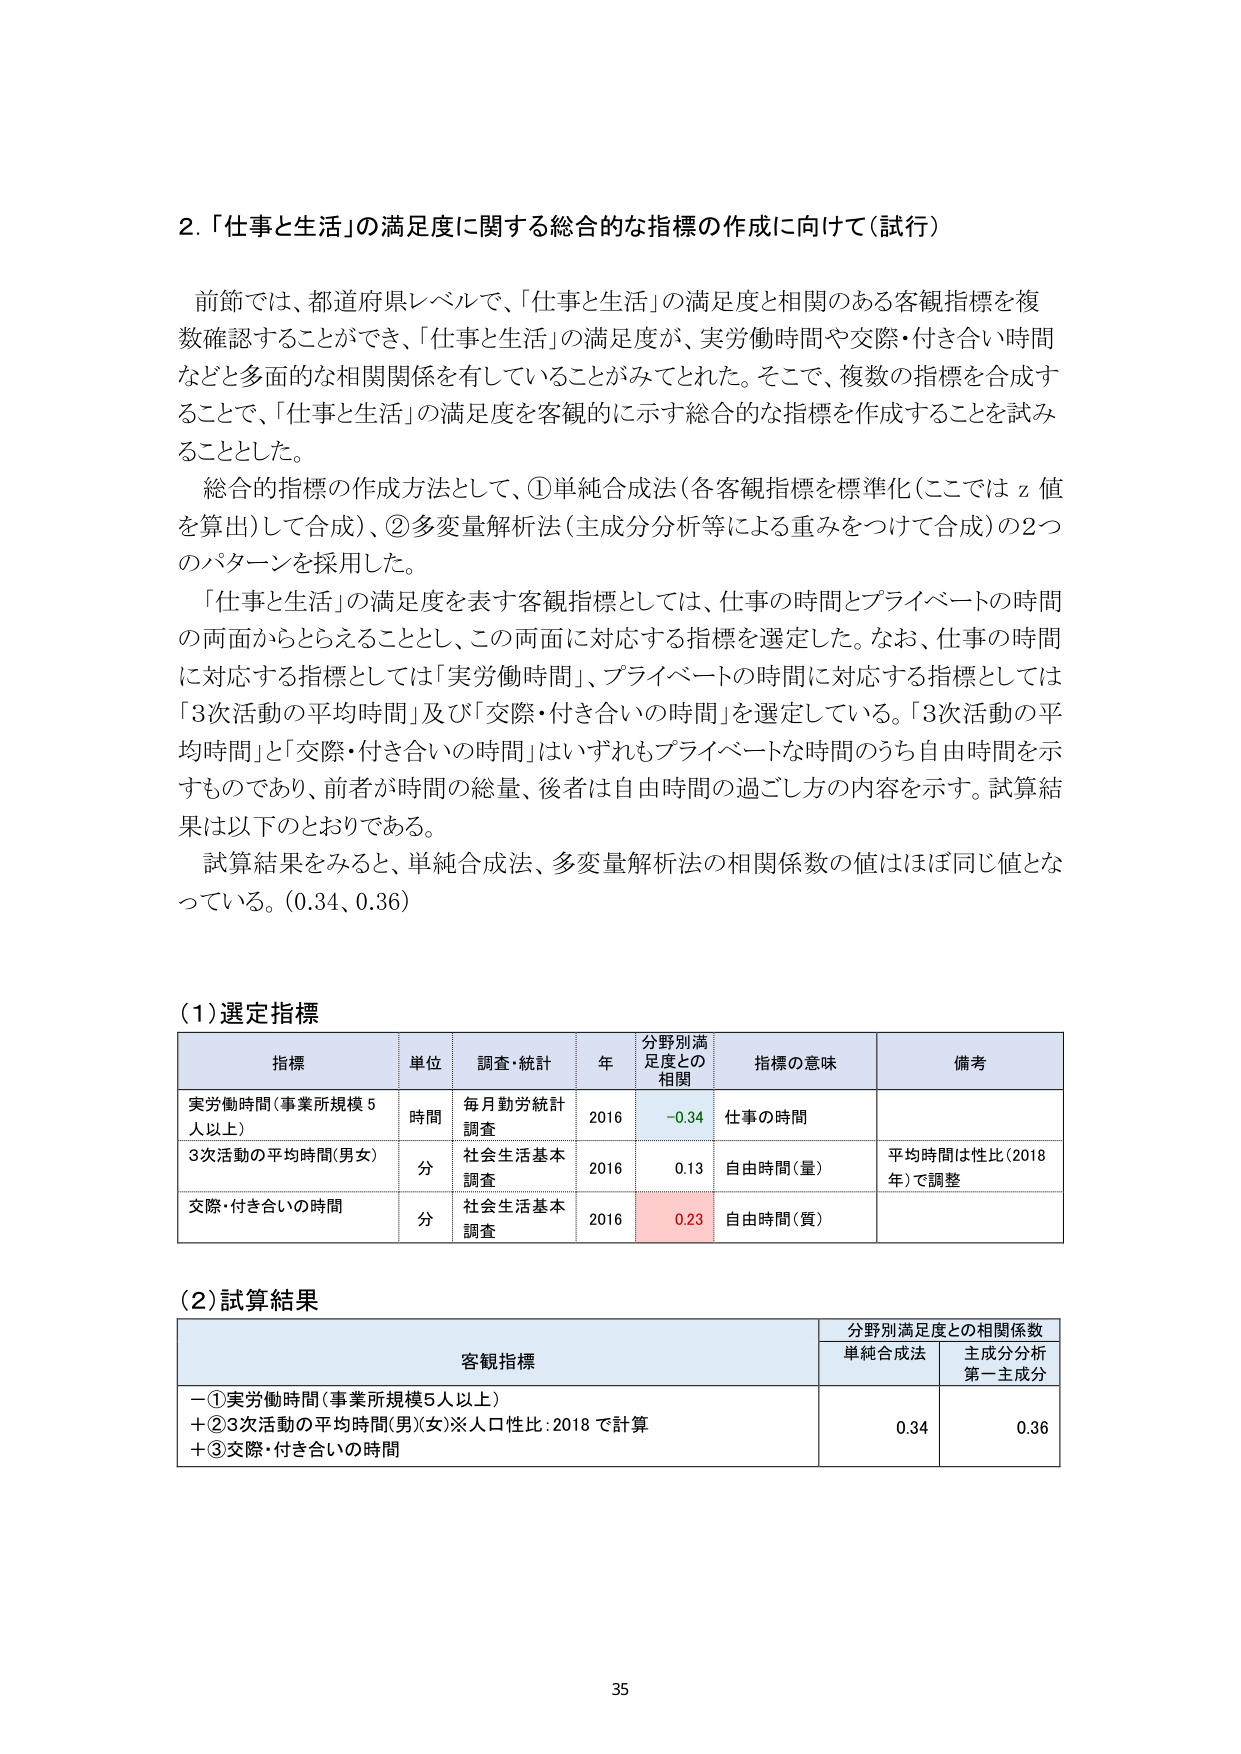
2.「仕事と生活」の満足度に関する総合的な指標の作成に向けて（試行）

前節では、都道府県レベルで、「仕事と生活」の満足度と相関のある客観指標を複数確認することができ、 「仕事と生活」の満足度が、実労働時間や交際・付き合い時間などと多面的な相関関係を有していることがみてとれた。そこで、複数の指標を合成することで、「仕事と生活」の満足度を客観的に示す総合的な指標を作成することを試みることとした。

総合的指標の作成方法として、①単純合成法（各客観指標を標準化（ここでは z 値を算出）して合成）、②多変量解析法（主成分分析等による重みをつけて合成）の2つのパターンを採用した。

「仕事と生活」の満足度を表す客観指標としては、仕事の時間とプライベートの時間の両面からとらえることとし、この両面に対応する指標を選定した。なお、仕事の時間に対応する指標としては「実労働時間」、プライベートの時間に対応する指標としては「3次活動の平均時間」及び「交際・付き合いの時間」を選定している。「3次活動の平均時間」と「交際・付き合いの時間」はいずれもプライベートな時間のうち自由時間を示すものであり、前者が時間の総量、後者は自由時間の過ごし方の内容を示す。試算結果は以下のとおりである。

試算結果をみると、単純合成法、多変量解析法の相関係数の値はほぼ同じ値となっている。（0.34、0.36）

（1）選定指標

| 指標 | 単位 | 調査・統計 | 年 | 分野別満足度との相関 | 指標の意味 | 備考 |
|------|------|------------|----|----------------------|------------|------|
| 実労働時間（事業所規模5人以上） | 時間 | 毎月勤労統計調査 | 2016 | -0.34 | 仕事の時間 | |
| 3次活動の平均時間（男女） | 分 | 社会生活基本調査 | 2016 | 0.13 | 自由時間（量） | 平均時間は性比（2018年）で調整 |
| 交際・付き合いの時間 | 分 | 社会生活基本調査 | 2016 | 0.23 | 自由時間（質） | |

（2）試算結果

| 客観指標 | 分野別満足度との相関係数 |
|----------|--------------------------|
| | 単純合成法 | 主成分分析第一主成分 |
| ー①実労働時間（事業所規模5人以上）<br>+②3次活動の平均時間（男）（女）※人口性比：2018で計算<br>+③交際・付き合いの時間 | 0.34 | 0.36 |

35